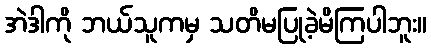
အဲဒါကို ဘယ်သူကမှ သတိမပြုခဲ့မိကြပါဘူး။